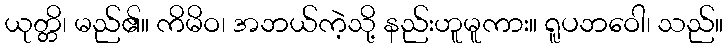
ယုတ္တိ၊ မည်၏။ ကိမိဝ၊ အဘယ်ကဲ့သို့ နည်းဟူမူကား။ ရူပဘဝေါ၊ သည်။